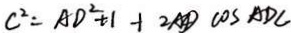
C ^ { 2 } = A D ^ { 2 } + 1 + 2 A D \cos A D C